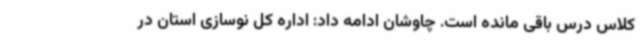
کلاس درس باقی مانده است. چاوشان ادامه داد: اداره کل نوسازی استان در